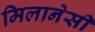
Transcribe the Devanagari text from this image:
मिलानेसी